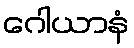
ဂေါယာနံ